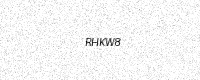
Text: RHKW8